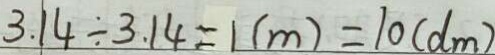
3 . 1 4 \div 3 . 1 4 = 1 ( m ) = 1 0 ( d m )